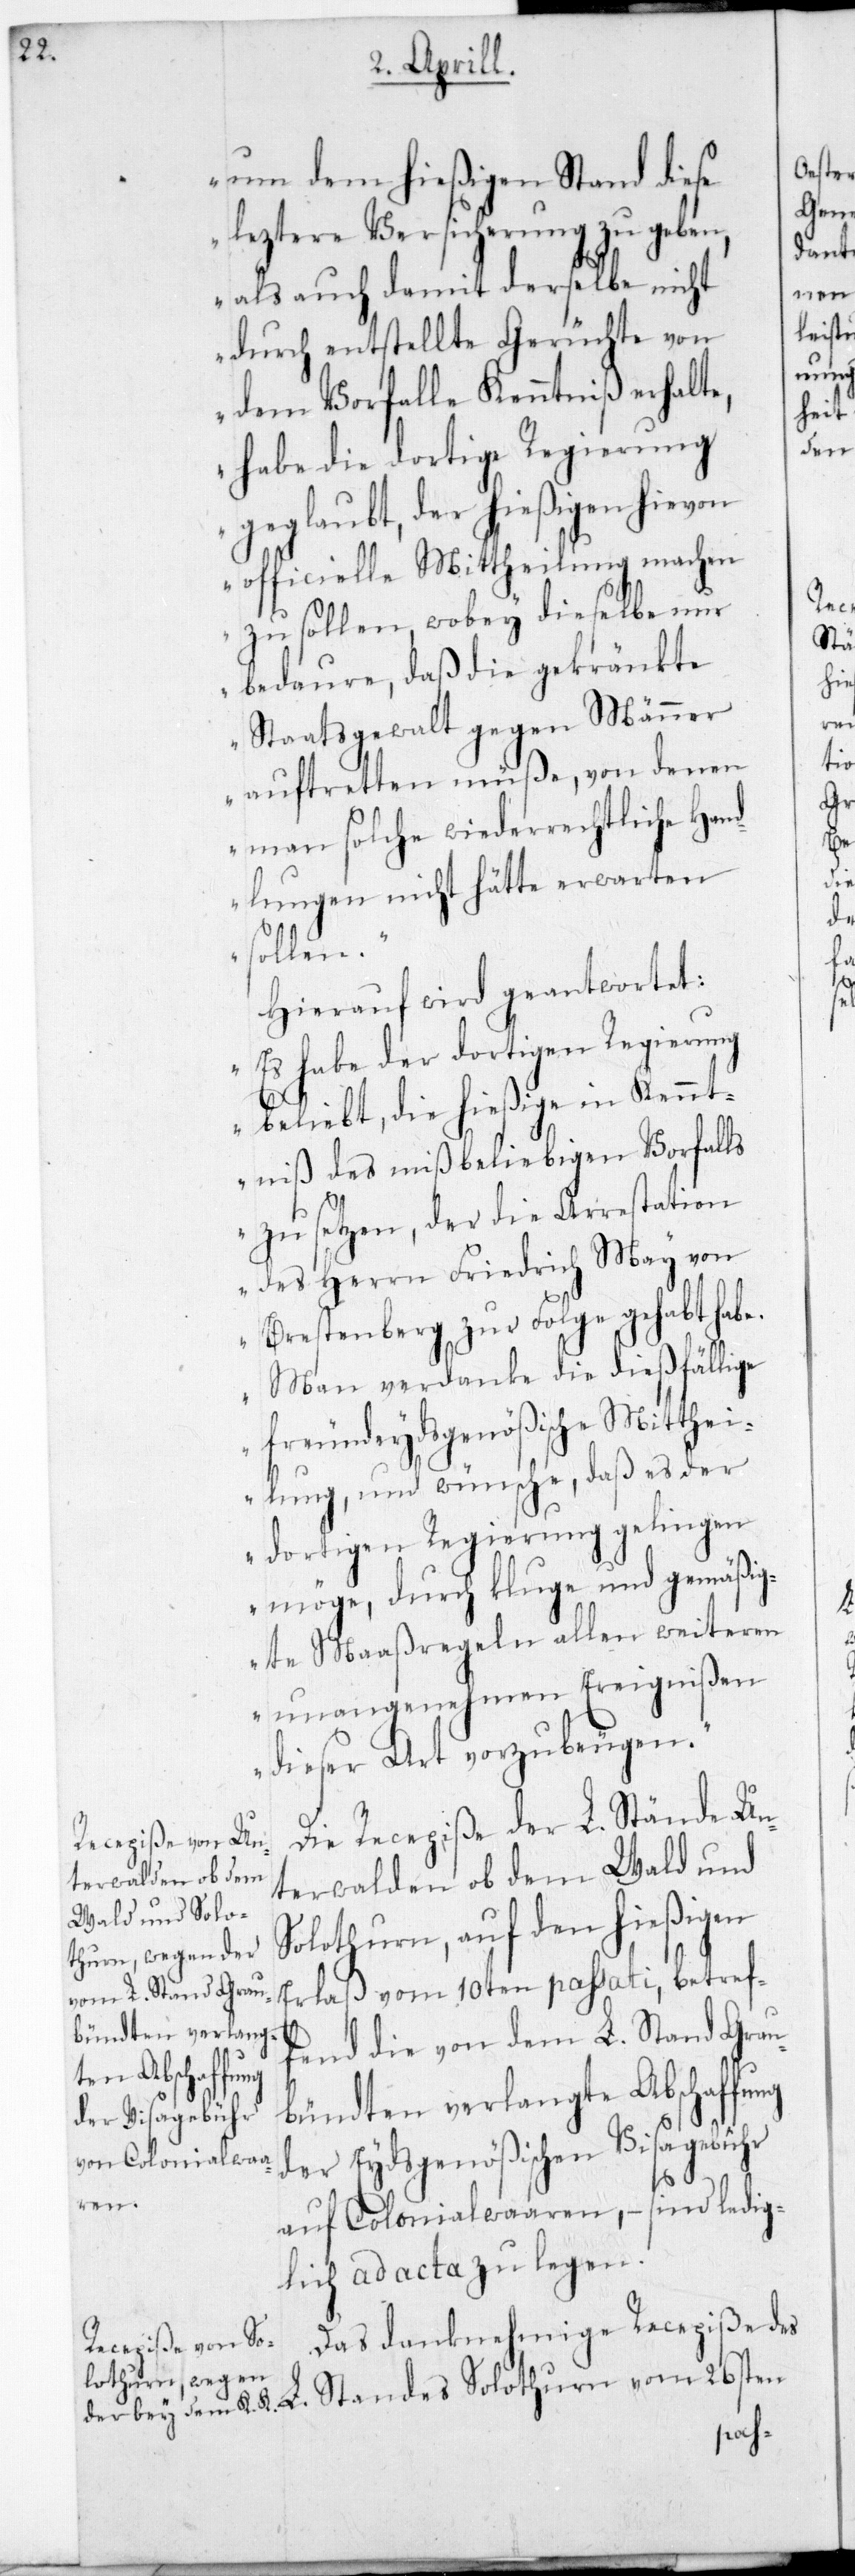
um dem hießigen Stand diese
letztere Versicherung zu geben,
als auch damit derselbe nicht
durch entstellte Gerüchte von
dem Vorfalle Kenntniß erhalte,
habe die dortige Regierung
geglaubt, der hießigen hievon
officielle Mittheilung machen
zu sollen, wobey dieselbe nur
bedaure, daß die gekränkte
Staatsgewalt gegen Männer
auftretten müße, von denen
man solche widerrechtliche Hand¬
lungen nicht hätte erwarten
sollen.“
Hierauf wird geantwortet:
„Es habe der dortigen Regierung
beliebt, die hießige in Kennt¬
niß des mißbeliebigen Vorfalls
zu setzen, der die Arrestation
der Herrn Friedrich May von
Brestenberg zur Folge gehabt habe.
Man verdanke die dießfällige
freundeydsgenößische Mitthei¬
lung und wünsche, daß es der
dortigen Regierung gelingen
möge, durch kluge und gemäßig¬
te Maaßregeln allen weiteren
unangenehmen Ereignißen
dieser Art vorzubeugen.“
Die Recepiße der L. Stände Un¬
terwalden ob dem Wald und
Solothurn, auf den hießigen
Erlaß vom 10ten passati, betref¬
fend die von dem L. Stand Grau¬
bündten verlangte Abschaffung
der Eydsgenößischen Visagebühr
auf Colonialwaaren, – sind ledig¬
lich ad acta zu legen.
Das danknehmige Recepiße des